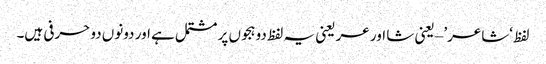
لفظ ‘شاعر’ – یعنی شا اور عر یعنی یہ لفظ دو ہجوں پر مشتمل ہے اور دونوں دو حرفی ہیں۔